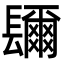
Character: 镾